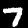
Digit: 7